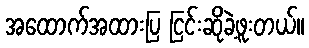
အထောက်အထားပြ ငြင်းဆိုခဲ့ဖူးတယ်။